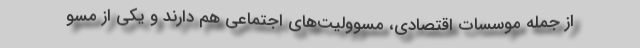
از جمله موسسات اقتصادی، مسوولیت‌های اجتماعی هم دارند و یکی از مسو